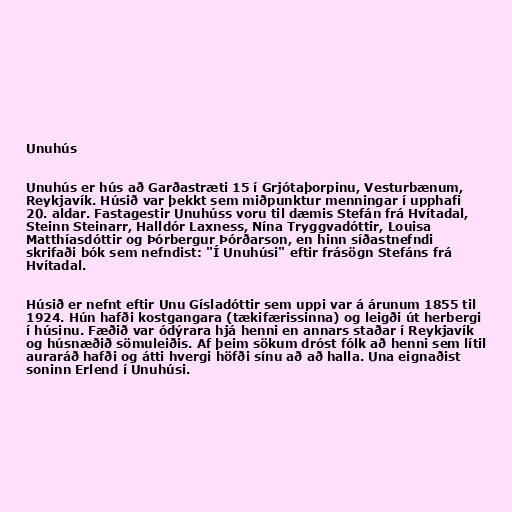
Unuhús

Unuhús er hús að Garðastræti 15 í Grjótaþorpinu, Vesturbænum,
Reykjavík. Húsið var þekkt sem miðpunktur menningar í upphafi
20. aldar. Fastagestir Unuhúss voru til dæmis Stefán frá Hvítadal,
Steinn Steinarr, Halldór Laxness, Nína Tryggvadóttir, Louisa
Matthíasdóttir og Þórbergur Þórðarson, en hinn síðastnefndi
skrifaði bók sem nefndist: "Í Unuhúsi" eftir frásögn Stefáns frá
Hvítadal.

Húsið er nefnt eftir Unu Gísladóttir sem uppi var á árunum 1855 til
1924. Hún hafði kostgangara (tækifærissinna) og leigði út herbergi
í húsinu. Fæðið var ódýrara hjá henni en annars staðar í Reykjavík
og húsnæðið sömuleiðis. Af þeim sökum dróst fólk að henni sem lítil
auraráð hafði og átti hvergi höfði sínu að að halla. Una eignaðist
soninn Erlend í Unuhúsi.